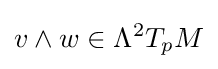
v\wedge w\in \Lambda ^{2}T_{p}M